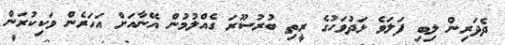
ދެދަރިން ލިބި ފަލަވެ ޅަދުވަހުގެ ރީތި ބުރުސޫރަ ގެއްލުމުން އޭނާއަށް އަހަރެން ވަކިކުރަން